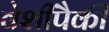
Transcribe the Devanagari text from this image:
वेशींपैकी